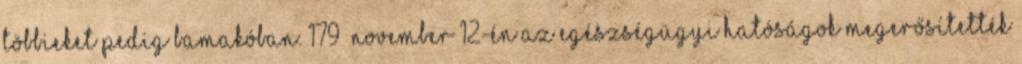
többieket pedig Bamakóban. 179 November 12-én az egészségügyi hatóságok megerősítették